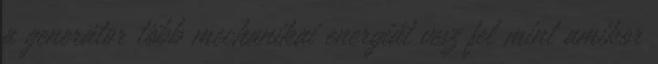
a generátor több mechanikai energiát vesz fel mint amikor